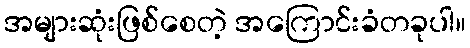
အများဆုံးဖြစ်စေတဲ့ အကြောင်းခံတခုပါ။